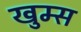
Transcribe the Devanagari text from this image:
खुम्स